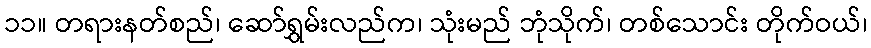
၁၁။ တရားနတ်စည်၊ ဆော်ရွှမ်းလည်က၊ သုံးမည် ဘုံသိုက်၊ တစ်သောင်း တိုက်ဝယ်၊